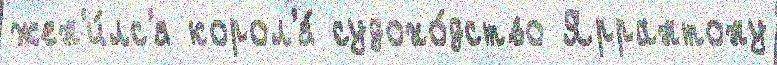
жен'и́лс'я корол'я́ судохо́дство Яррантону